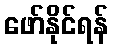
ဖော်နိုင်ရန်